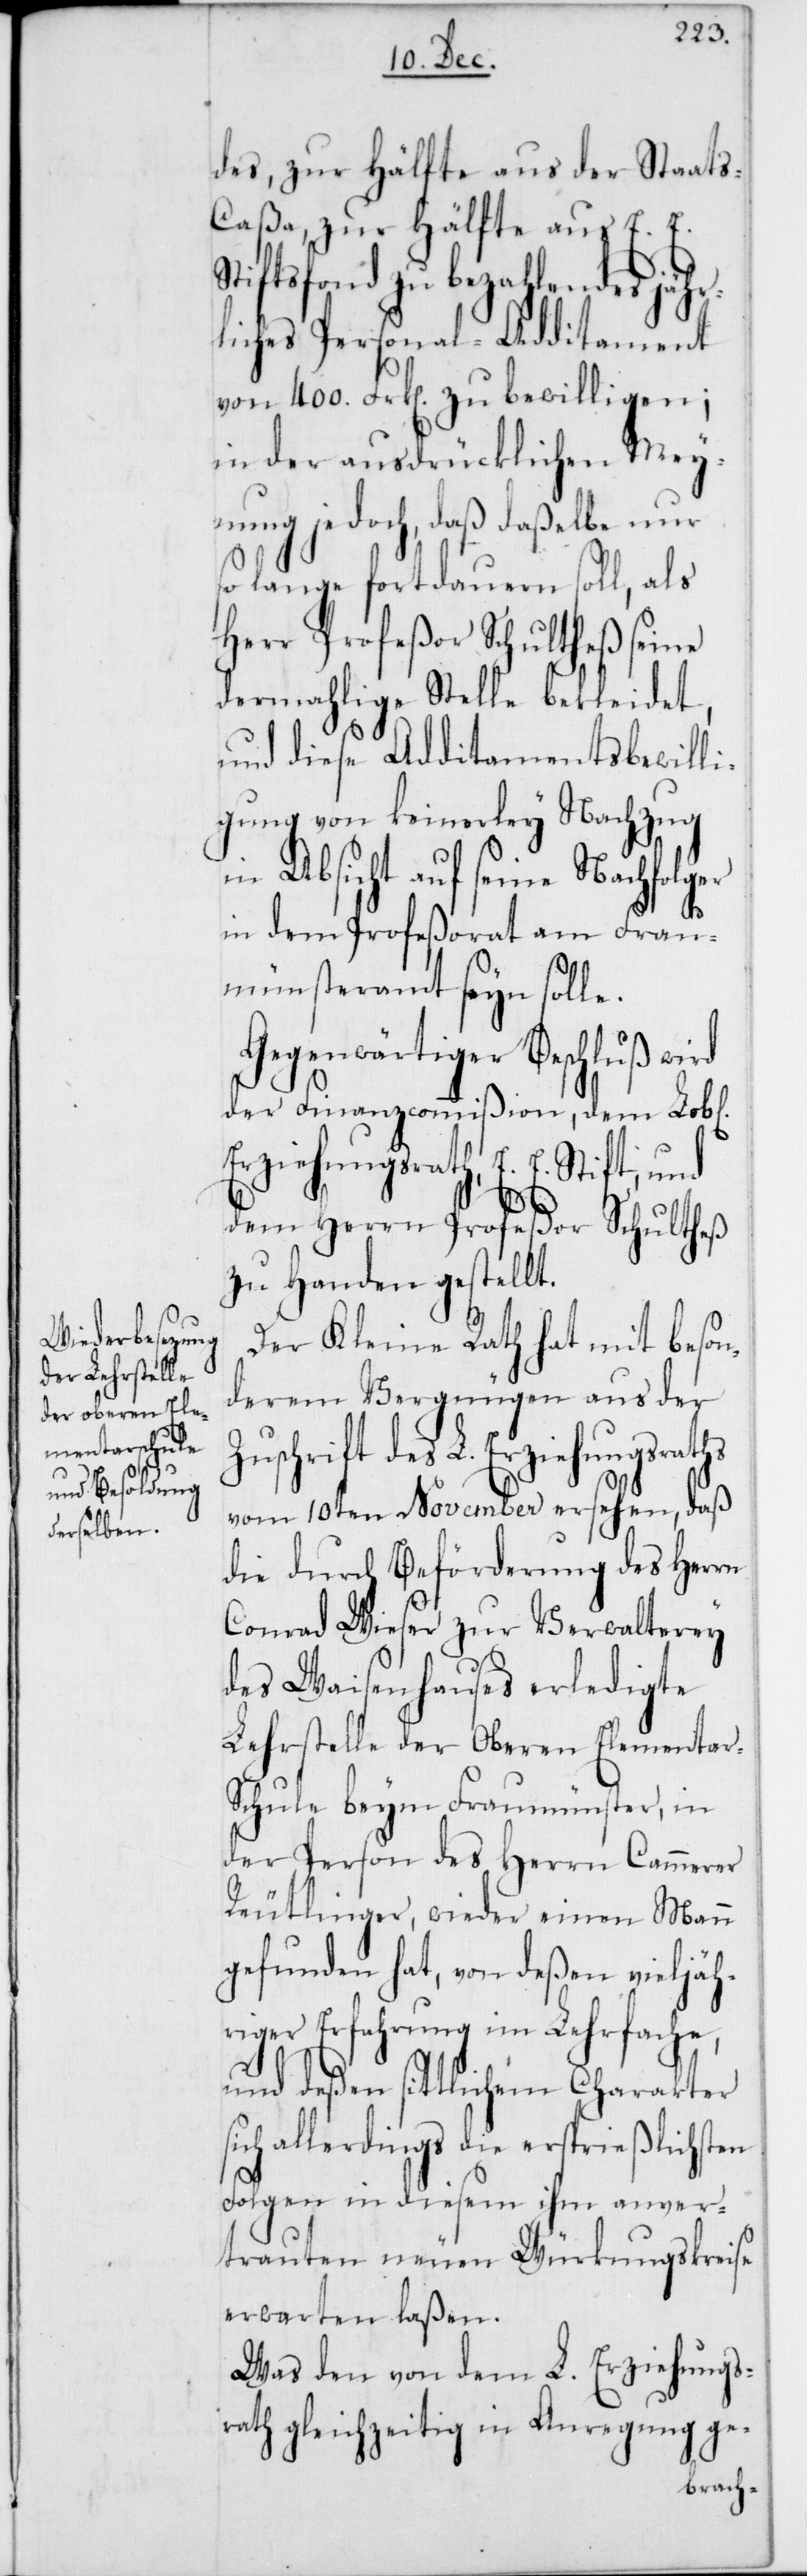
l[ichen]
ths

des, zur Hälfte aus der Staat¬
s-Caßa, zur Hälfte aus E. E.
Stiftsfonds zu bezahlendes jähr¬
liches Personal-Additament
von 400. Frk[en] zu bewilligen;
in der ausdrücklichen Mey¬
nung jedoch, daß daßelbe nur
so lange fortdauern soll, als
Herr Profeßor Schultheß seine
dermahlige Stelle bekleidet,
und diese Additamentsbewilli¬
gung von keinerley Nachzug
in Absicht auf seine Nachfolger
in dem Profeßorat am Frau¬
münsteramt seyn solle.
Gegenwärtiger Beschluß wird
der Finanzcommißion, dem Lob¬
Erziehungsrath, E. E. Stift und
dem Herrn Profeßor Schultheß
zu Handen gestellt.
Der Kleine Rath hat mit beson¬
derem Vergnügen aus der
schrift des L. Erziehungsra¬
vom 10ten November ersehen, daß
die durch Beförderung des Herrn
Conrad Wieser zur Verwalterey
des Waisenhauses erledigte
Lehrstelle der Oberen Elementar-S¬
chule beym Fraumünster, in
der Person des Herrn Cammerer
Reutlinger, wieder einen Mann
gefunden hat, von deßen vieljäh¬
riger Erfahrung im Lehrfache,
und deßen sittlichem Charakter
sich allerdings die ersprießlichsten
Folgen in diesem ihm anver¬
trauten neuen Würkungskreise
erwarten laßen.
Was den von dem L. Erziehungs¬
rath gleichzeitig in Anregung ge-